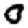
Digit: 0